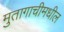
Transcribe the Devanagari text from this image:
मुतागाचीमधील